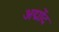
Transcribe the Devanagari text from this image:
अद्मोंद